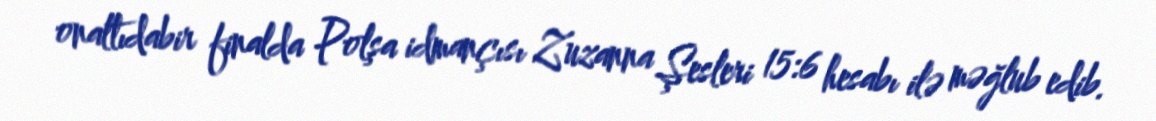
onaltıdabir finalda Polşa idmançısı Zuzanna Şesleri 15:6 hesabı ilə məğlub edib.